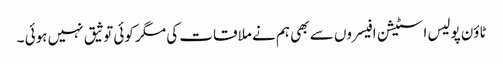
ٹاؤن پولیس اسٹیشن افیسروں سے بھی ہم نے ملاقات کی مگر کوئی توثیق نہیں ہوئی ۔